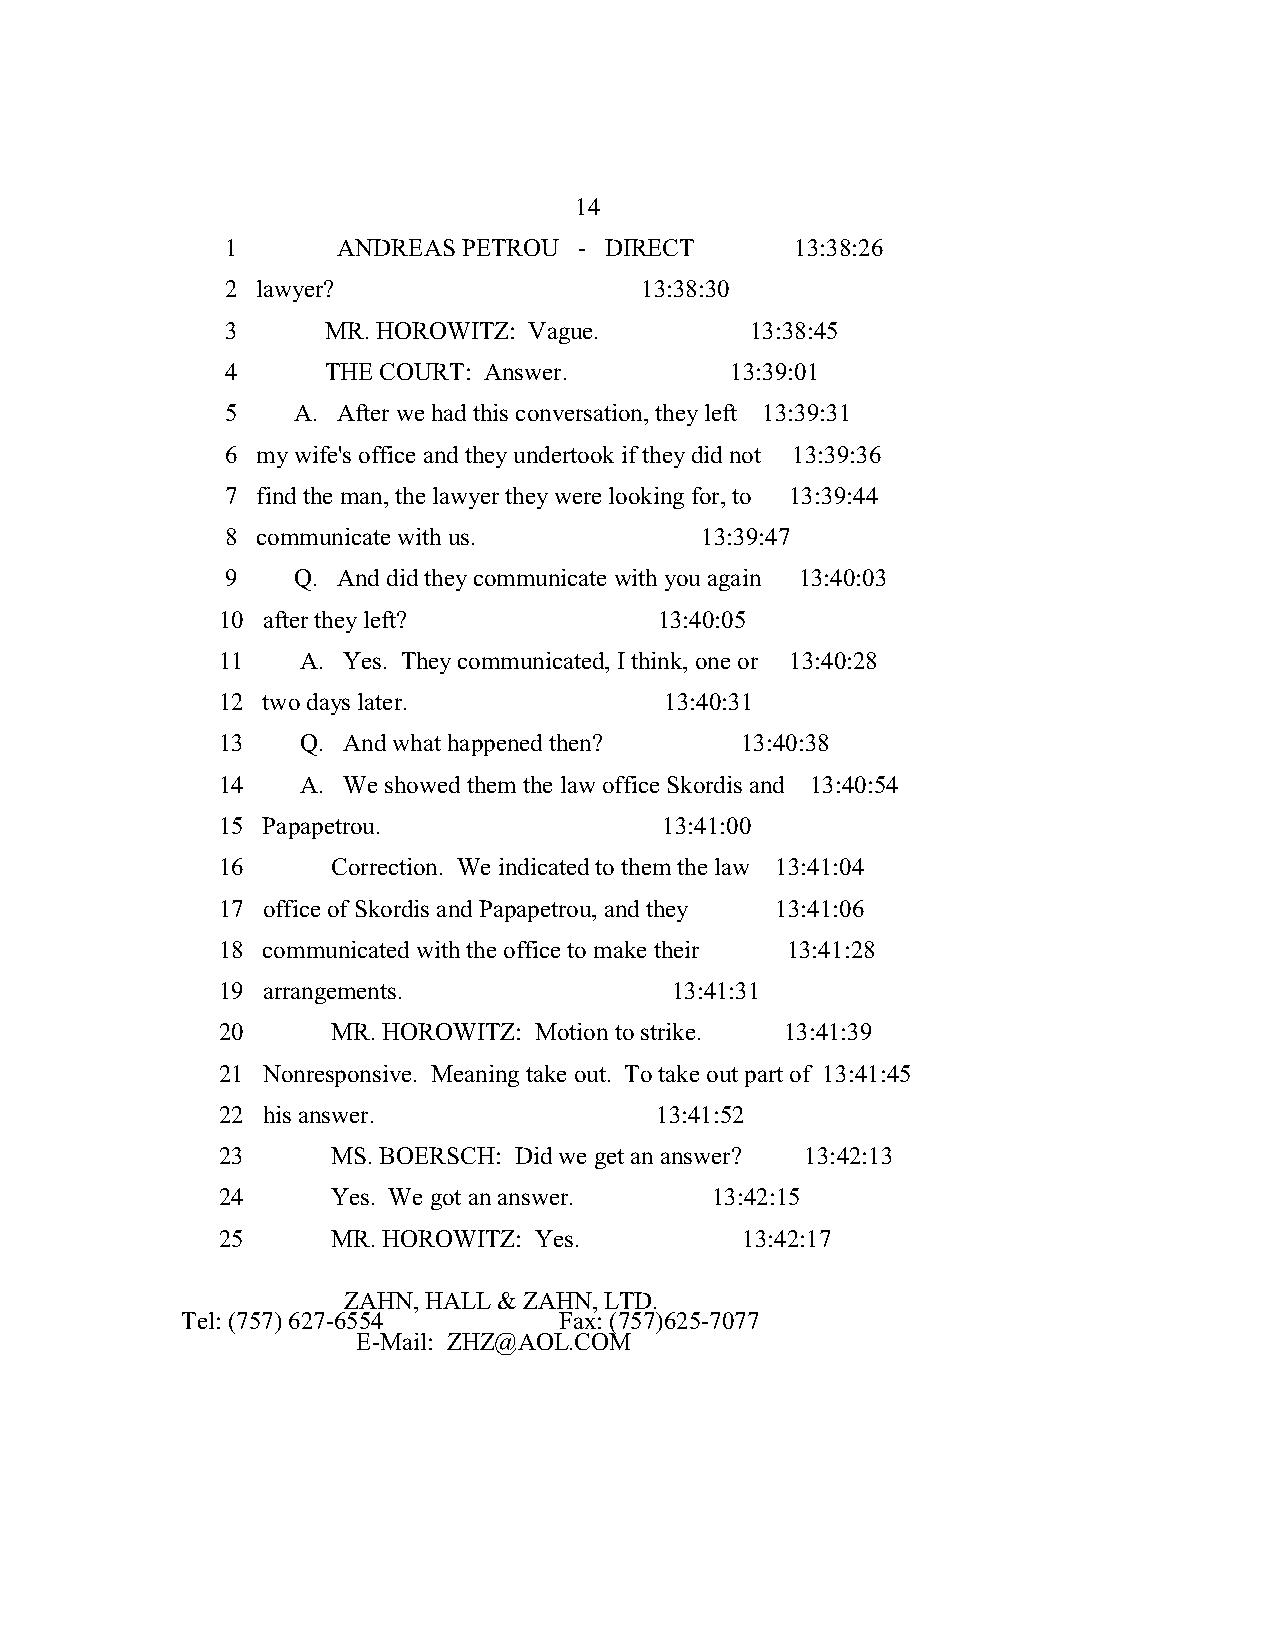
14
 1      ANDREAS  PETROU - DIRECT       13:38:26
 2 lawyer?                  13:38:30
 3      MR. HOROWITZ: Vague.        13:38:45
 4      THE COURT: Answer.        13:39:01
 5   A. After we had this conversation, they left 13:39:31
 6 my wife's office and they undertook if they did not 13:39:36
 7 find the man, the lawyer they were looking for, to 13:39:44
 8 communicate with us.         13:39:47
 9   Q. And did they communicate with you again 13:40:03
 10 after they left?           13:40:05
 11    A. Yes. They communicated, I think, one or 13:40:28
 12 two days later.            13:40:31
 13    Q. And what happened then?   13:40:38
 14    A. We showed them the law office Skordis and 13:40:54
 15 Papapetrou.                13:41:00
 16      Correction. We indicated to them the law 13:41:04
 17 office of Skordis and Papapetrou, and they 13:41:06
 18 communicated with the office to make their 13:41:28
 19 arrangements.              13:41:31
 20      MR. HOROWITZ: Motion to strike. 13:41:39
 21 Nonresponsive. Meaning take out. To take out part of 13:41:45
 22 his answer.               13:41:52
 23      MS. BOERSCH: Did we get an answer? 13:42:13
 24      Yes. We got an answer.   13:42:15
 25      MR. HOROWITZ: Yes.         13:42:17
 ZAHN, HALL & ZAHN, LTD.
 Tel: (757) 627-6554      Fax: (757)625-7077
 E-Mail: ZHZ@AOL.COM